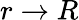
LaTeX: r\to R